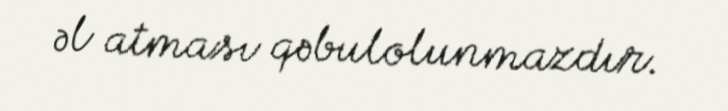
əl atması qəbulolunmazdır.